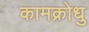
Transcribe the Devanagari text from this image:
कामक्रोधु